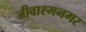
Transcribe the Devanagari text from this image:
जीवाश्मनगर